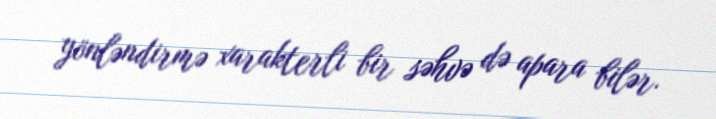
yönləndirmə xarakterli bir səhvə də apara bilər.